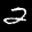
Label: 2